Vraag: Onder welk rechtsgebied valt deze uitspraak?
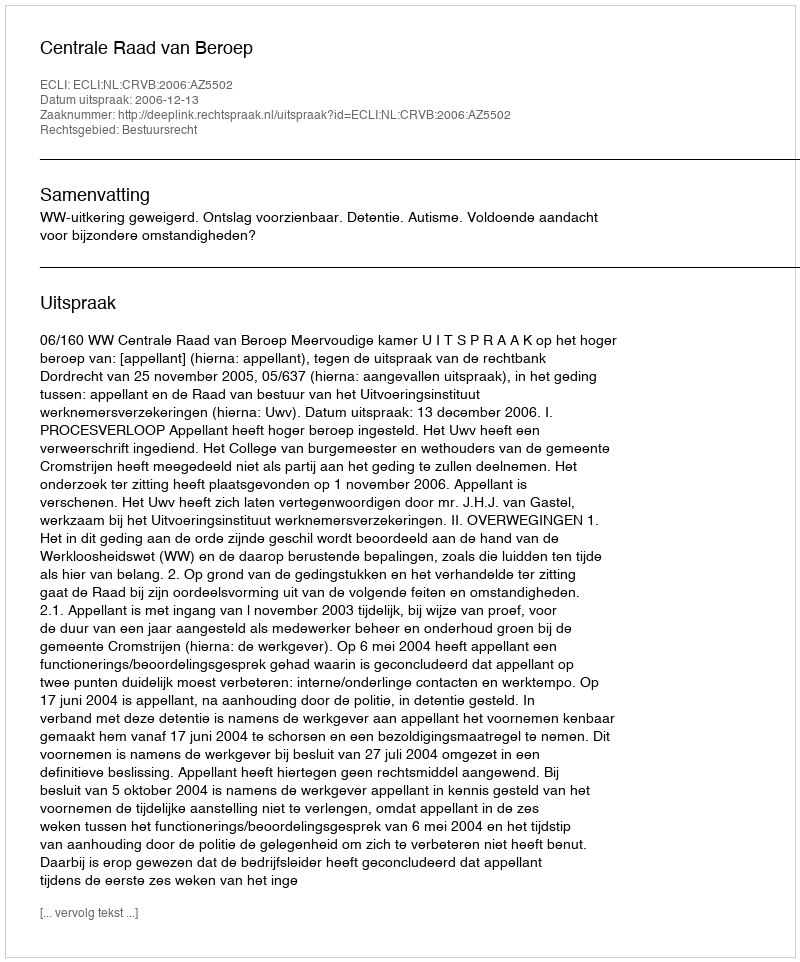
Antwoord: Bestuursrecht